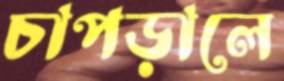
চাপড়ালে